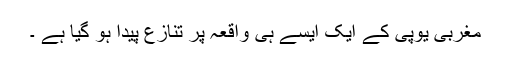
مغربی یوپی کے ایک ایسے ہی واقعہ پر تنازع پیدا ہو گیا ہے ۔